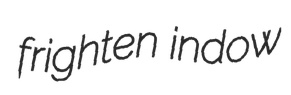
frighten indow